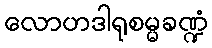
လောဟဒါရုစမ္မခဏ္ဍံ